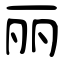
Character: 丽